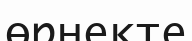
өрнекте